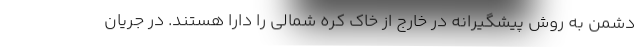
دشمن به روش پیشگیرانه در خارج از خاک کره شمالی را دارا هستند. در جریان